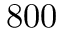
8 0 0